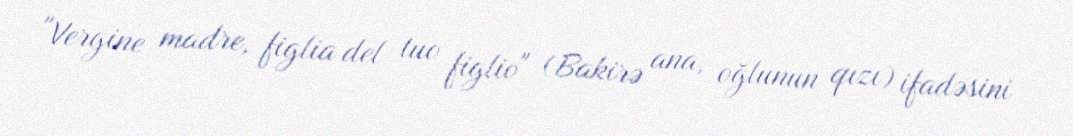
"Vergine madre, figlia del tuo figlio" (Bakirə ana, oğlunun qızı) ifadəsini